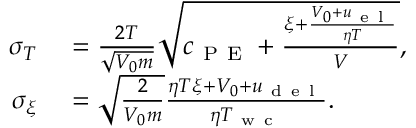
\begin{array} { r l } { \sigma _ { T } } & { { } = \frac { 2 T } { \sqrt { V _ { 0 } m } } \sqrt { c _ { \mathrm { ~ P ~ E ~ } } + \frac { \xi + \frac { V _ { 0 } + u _ { \mathrm { ~ e ~ l ~ } } } { \eta T } } { V } } , } \\ { \sigma _ { \xi } } & { { } = \sqrt { \frac { 2 } { V _ { 0 } m } } \frac { \eta T \xi + V _ { 0 } + u _ { \mathrm { ~ d ~ e ~ l ~ } } } { \eta T _ { \mathrm { ~ w ~ c ~ } } } . } \end{array}